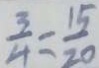
\frac { 3 } { 4 } = \frac { 1 5 } { 2 0 }